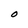
Character: O